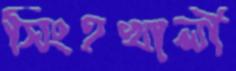
সিংহখালী